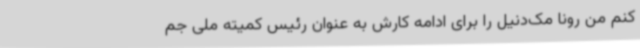
کنم من رونا مک‌دنیل را برای ادامه کارش به عنوان رئیس کمیته ملی جم